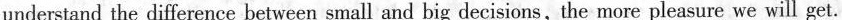
understand the difference between small and big decisions,the more pleasure we will get.